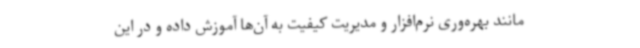
مانند بهره‌وری نرم‌افزار و مدیریت کیفیت به آن‌ها آموزش داده و در این